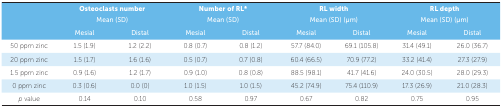
|  | <COLSPAN=2> Osteoclasts number Mean (SD) | <COLSPAN=2> Number of RL* Mean (SD) | <COLSPAN=2> RL width Mean (SD) (μm) | <COLSPAN=2> RL depth Mean (SD) (μm) |
 |  | Mesial | Distal | Mesial | Distal | Mesial | Distal | Mesial | Distal |
 | --- | --- | --- | --- | --- | --- | --- | --- | --- |
 | 50 ppm zinc | 1.5 (1.9) | 1.2 (2.2) | 0.8 (0.7) | 0.8 (1.2) | 57.7 (84.0) | 69.1 (105.8) | 31.4 (49.1) | 26.0 (36.7) |
 | 20 ppm zinc | 1.5 (1.7) | 1.6 (1.6) | 0.5 (0.7) | 0.7 (0.8) | 60.4 (66.5) | 70.9 (77.2) | 33.2 (41.4) | 27.3 (27.9) |
 | 1.5 ppm zinc | 0.9 (1.6) | 1.2 (1.7) | 0.9 (1.0) | 0.8 (0.8) | 88.5 (98.1) | 41.7 (41.6) | 24.0 (30.5) | 28.0 (29.3) |
 | 0 ppm zinc | 0.3 (0.6) | 0.0 (0) | 1.0 (1.5) | 1.0 (1.5) | 45.2 (74.9) | 75.4 (110.9) | 17.3 (26.9) | 21.0 (28.3) |
 | p value | 0.14 | 0.10 | 0.58 | 0.97 | 0.67 | 0.82 | 0.75 | 0.95 |